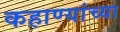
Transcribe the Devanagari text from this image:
कहाण्यांच्या